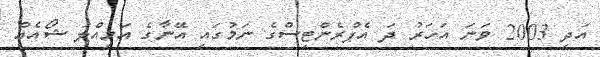
އަދި 2003 ވަނަ އަހަރު ދަ އެޕްރެންޓިސްގެ ނަމުގައި އޭނާގެ އަމިއްލަ ޝޯއެއް